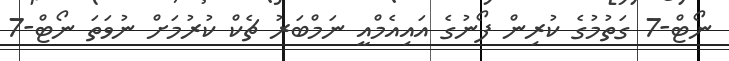
ނޯޓް-7 ގަތުމުގެ ކުރިން ފޯނުގެ އައިއެމްއީ ނަމްބަރު ޗެކް ކުރުމަށް ނުވަތަ ނޯޓް-7